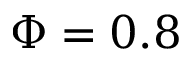
\Phi = 0 . 8